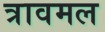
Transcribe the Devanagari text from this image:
त्रावमल